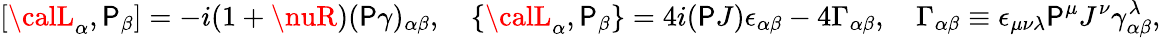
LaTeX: [{\calL}_{\alpha},{\cal\mathsf{P}}_{\beta}]=-i(1+\nuR)(\mathsf{P}\gamma)_{\alpha\beta},\quad\{ {\calL}_{\alpha},{\cal\mathsf{P}}_{\beta}\} =4i(\mathsf{P}J)\epsilon_{\alpha\beta}-4\Gamma_{\alpha\beta},\quad\Gamma_{\alpha\beta}\equiv\epsilon_{\mu\nu\lambda}\mathsf{P}^{\mu}J^{\nu}\gamma_{\alpha\beta}^{\lambda},